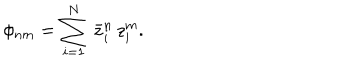
\phi _ { n m } = \sum _ { i = 1 } ^ { N } \, \bar { z } _ { i } ^ { n } \, z _ { i } ^ { m } .